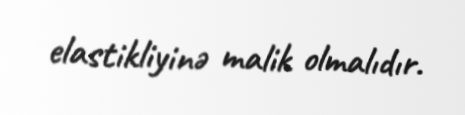
elastikliyinə malik olmalıdır.